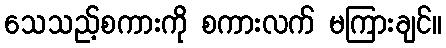
သေသည့်စကားကို စကားလက် မကြားချင်။